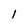
Character: I